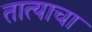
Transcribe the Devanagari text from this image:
तात्याचा